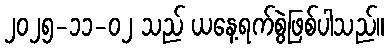
၂၀၂၅-၁၁-၀၂ သည် ယနေ့ရက်စွဲဖြစ်ပါသည်။